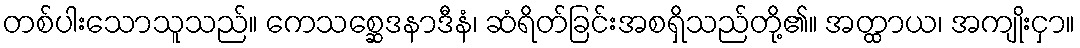
တစ်ပါးသောသူသည်။ ကေသစ္ဆေဒနာဒီနံ၊ ဆံရိတ်ခြင်းအစရှိသည်တို့၏။ အတ္ထာယ၊ အကျိုးငှာ။